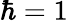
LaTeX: \hbar=1